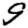
Digit: 9